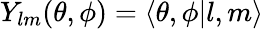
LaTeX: Y_{lm}(\theta,\phi)=\langle\theta,\phi|l,m\rangle